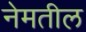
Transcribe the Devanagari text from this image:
नेमतील